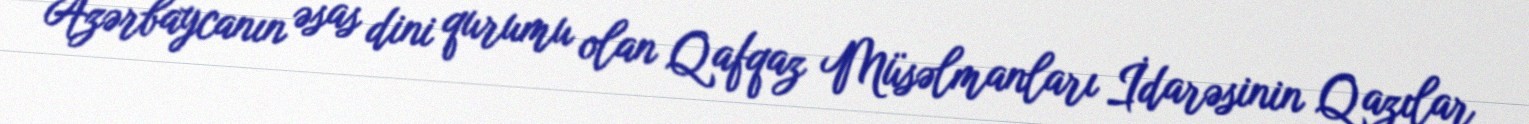
Azərbaycanın əsas dini qurumu olan Qafqaz Müsəlmanları İdarəsinin Qazılar